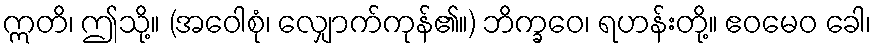
ဣတိ၊ ဤသို့။ (အဝေါစုံ၊ လျှောက်ကုန်၏။) ဘိက္ခဝေ၊ ရဟန်းတို့။ ဧဝမေဝ ခေါ၊